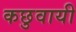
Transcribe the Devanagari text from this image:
कछुवायी